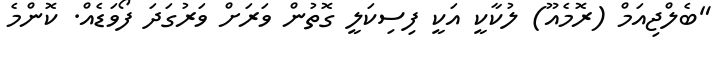
"ބެލްޖިއަމް (ރޮމެއޫ) ލުކާކީ އަކީ ފިސިކަލީ ގޮތުން ވަރަށް ވަރުގަދަ ފޯވަޑެއް. ކޮންމެ